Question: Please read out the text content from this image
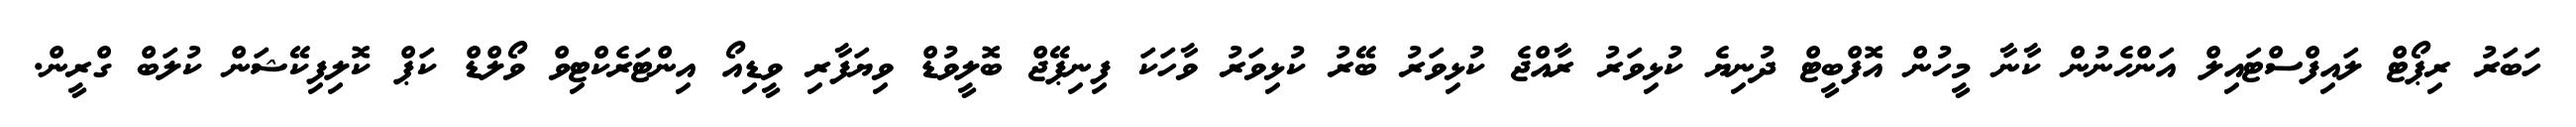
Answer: ހަބަރު ރިޕޯޓް ލައިފްސްޓައިލް އަންހެނުން ކާނާ މީހުން އޮފްބީޓް ދުނިޔެ ކުޅިވަރު ރާއްޖެ ކުޅިވަރު ބޭރު ކުޅިވަރު ވާހަކަ ފިނިޕޭޖް ބޮލީވުޑް ވިޔަފާރި ވީޑިއޯ އިންޓަރެކްޓިވް ވޯލްޑް ކަޕް ކޮލިފިކޭޝަން ކުލަބް ގްރީން.